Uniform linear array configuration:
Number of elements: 64
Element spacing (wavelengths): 0.25
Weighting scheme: cosine
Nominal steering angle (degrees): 45
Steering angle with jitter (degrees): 44.512
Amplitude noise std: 0.05
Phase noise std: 0.05

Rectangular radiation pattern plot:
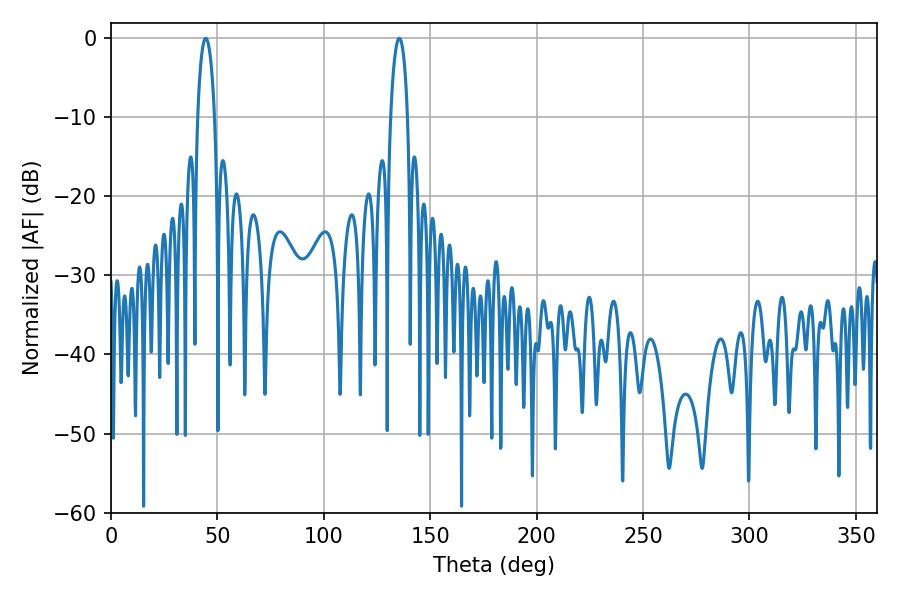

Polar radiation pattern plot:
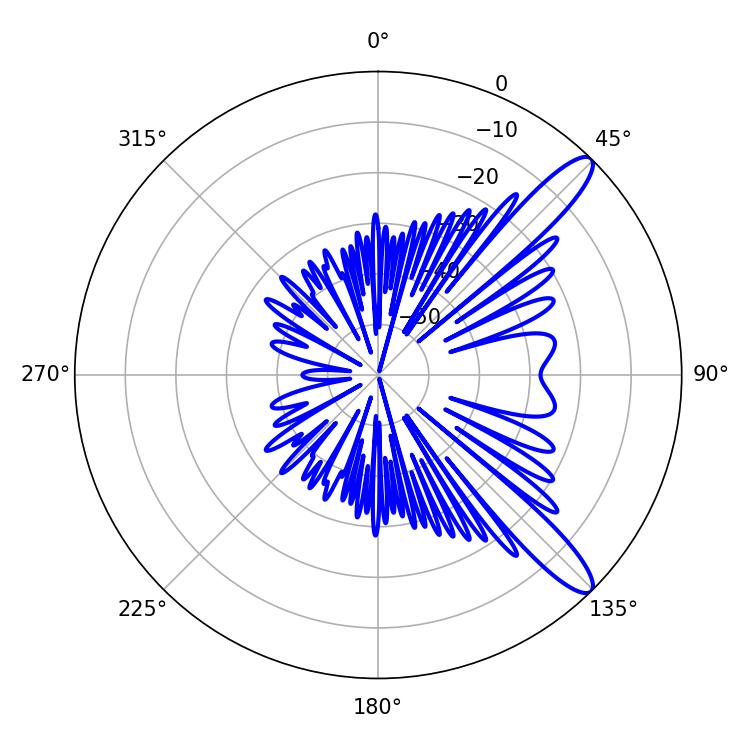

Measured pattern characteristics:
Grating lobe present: FALSE
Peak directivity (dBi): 12.044
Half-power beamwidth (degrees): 4.5
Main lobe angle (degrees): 44.46